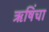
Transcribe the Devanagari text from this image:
ऋषिंचा